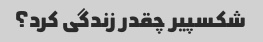
شکسپیر چقدر زندگی کرد؟